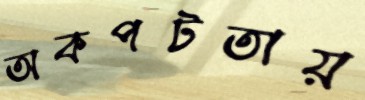
অকপটতায়